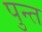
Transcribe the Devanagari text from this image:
पुन्त